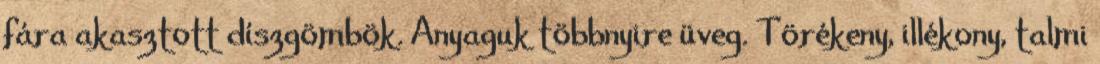
fára akasztott díszgömbök. Anyaguk többnyire üveg. Törékeny, illékony, talmi